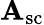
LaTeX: \mathbf{A}_{\mathrm{{sc}}}